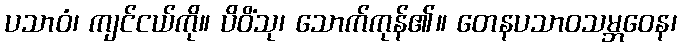
ပသာဝံ၊ ကျင်ငယ်ကို။ ပိဝိံသု၊ သောက်ကုန်၏။ တေနပသာဝသမ္ဘဝေန၊